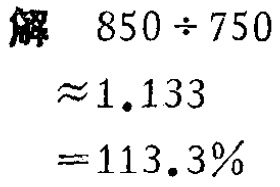
```latex

解

\[

\begin{align*}

850\div750&\approx1.133\\

& = 113.3\%

\end{align*}

\]

```